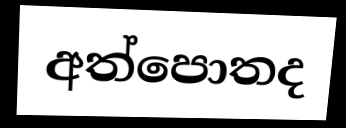
අත්පොතද